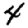
Digit: 4